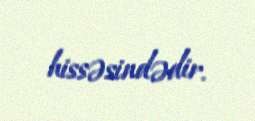
hissəsindədir.